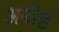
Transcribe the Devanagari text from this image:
अनीष्ट